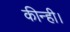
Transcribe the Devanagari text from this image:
कीन्ही।